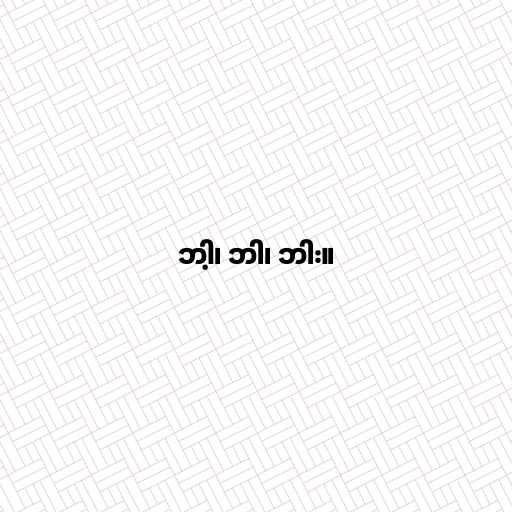
ဘါ့၊ ဘါ၊ ဘါး။